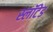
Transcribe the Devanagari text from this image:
स्लॉटेड